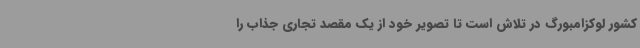
کشور لوکزامبورگ در تلاش است تا تصویر خود از یک مقصد تجاری جذاب را